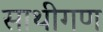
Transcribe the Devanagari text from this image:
साथीगण